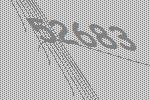
52683